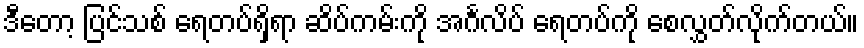
ဒီတော့ ပြင်သစ် ရေတပ်ရှိရာ ဆိပ်ကမ်းကို အင်္ဂလိပ် ရေတပ်ကို စေလွှတ်လိုက်တယ်။